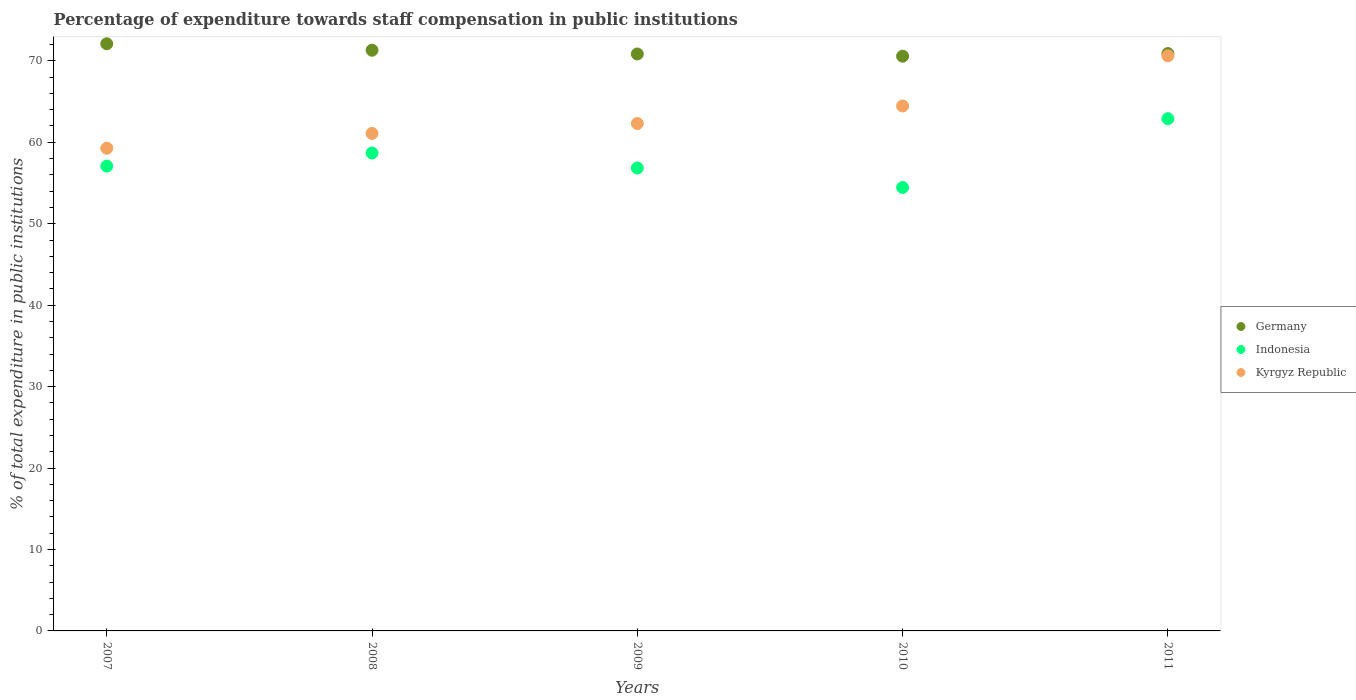
| Years | Germany | Indonesia | Kyrgyz Republic |
 | --- | --- | --- | --- |
 | 2007 | 72.1 | 57.1 | 59.3 |
 | 2008 | 71.3 | 58.7 | 61.1 |
 | 2009 | 70.8 | 56.8 | 62.3 |
 | 2010 | 70.6 | 54.5 | 64.5 |
 | 2011 | 70.9 | 62.9 | 70.6 |